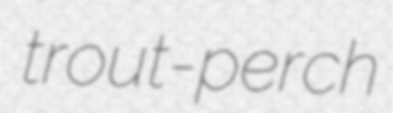
trout-perch